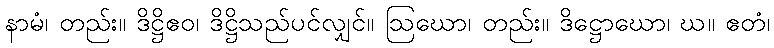
နာမံ၊ တည်း။ ဒိဋ္ဌိဧဝ၊ ဒိဋ္ဌိသည်ပင်လျှင်။ ဩဃော၊ တည်း။ ဒိဋ္ဌောဃော၊ ဃ။ ဧတံ၊